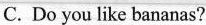
C. Do you like bananas?